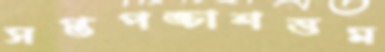
সপ্তপঙ্চাশত্তম